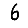
Digit: 6